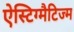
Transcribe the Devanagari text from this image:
ऐस्टिग्मैटिज्म